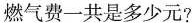
燃气费一共是多少元?